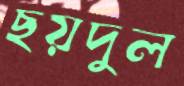
ছয়দুল